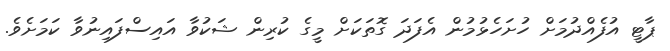
ޕާޓީ އުފެއްދުމަށް ހުށަހެޅުމުން އެފަދަ ގޮތަކަށް މީގެ ކުރިން ޝަކުވާ އައިސްފައިނުވާ ކަމަށެވެ.